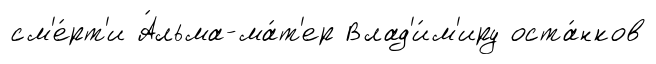
см'е́рт'и А́льма-ма́т'ер Влад'и́м'иру оста́нков